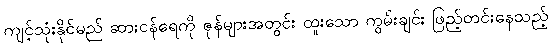
ကျင့်သုံးနိုင်မည် ဆားငန်ရေကို ဇုန်များအတွင်း ထူးသော ကွမ်းချင်း ဖြည့်တင်းနေသည့်